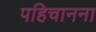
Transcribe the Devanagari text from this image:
पहिचानना